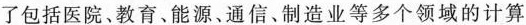
了包括医院、教育、能源、通信、制造业等多个领域的计算